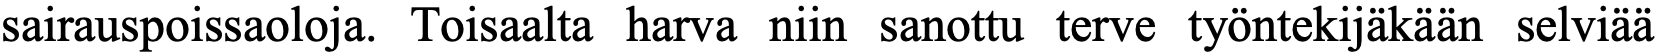
sairauspoissaoloja. Toisaalta harva niin sanottu terve työntekijäkään selviää